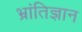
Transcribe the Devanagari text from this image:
भ्रांतिज्ञान